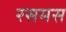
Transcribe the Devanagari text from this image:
रसमस